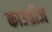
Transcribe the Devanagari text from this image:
काउब्रीज